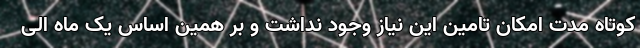
کوتاه مدت امکان تامین این نیاز وجود نداشت و بر همین اساس یک ماه الی